65_HS1-834228961_62-HQ-83894_Section_10
Agency: FBI
Page 38
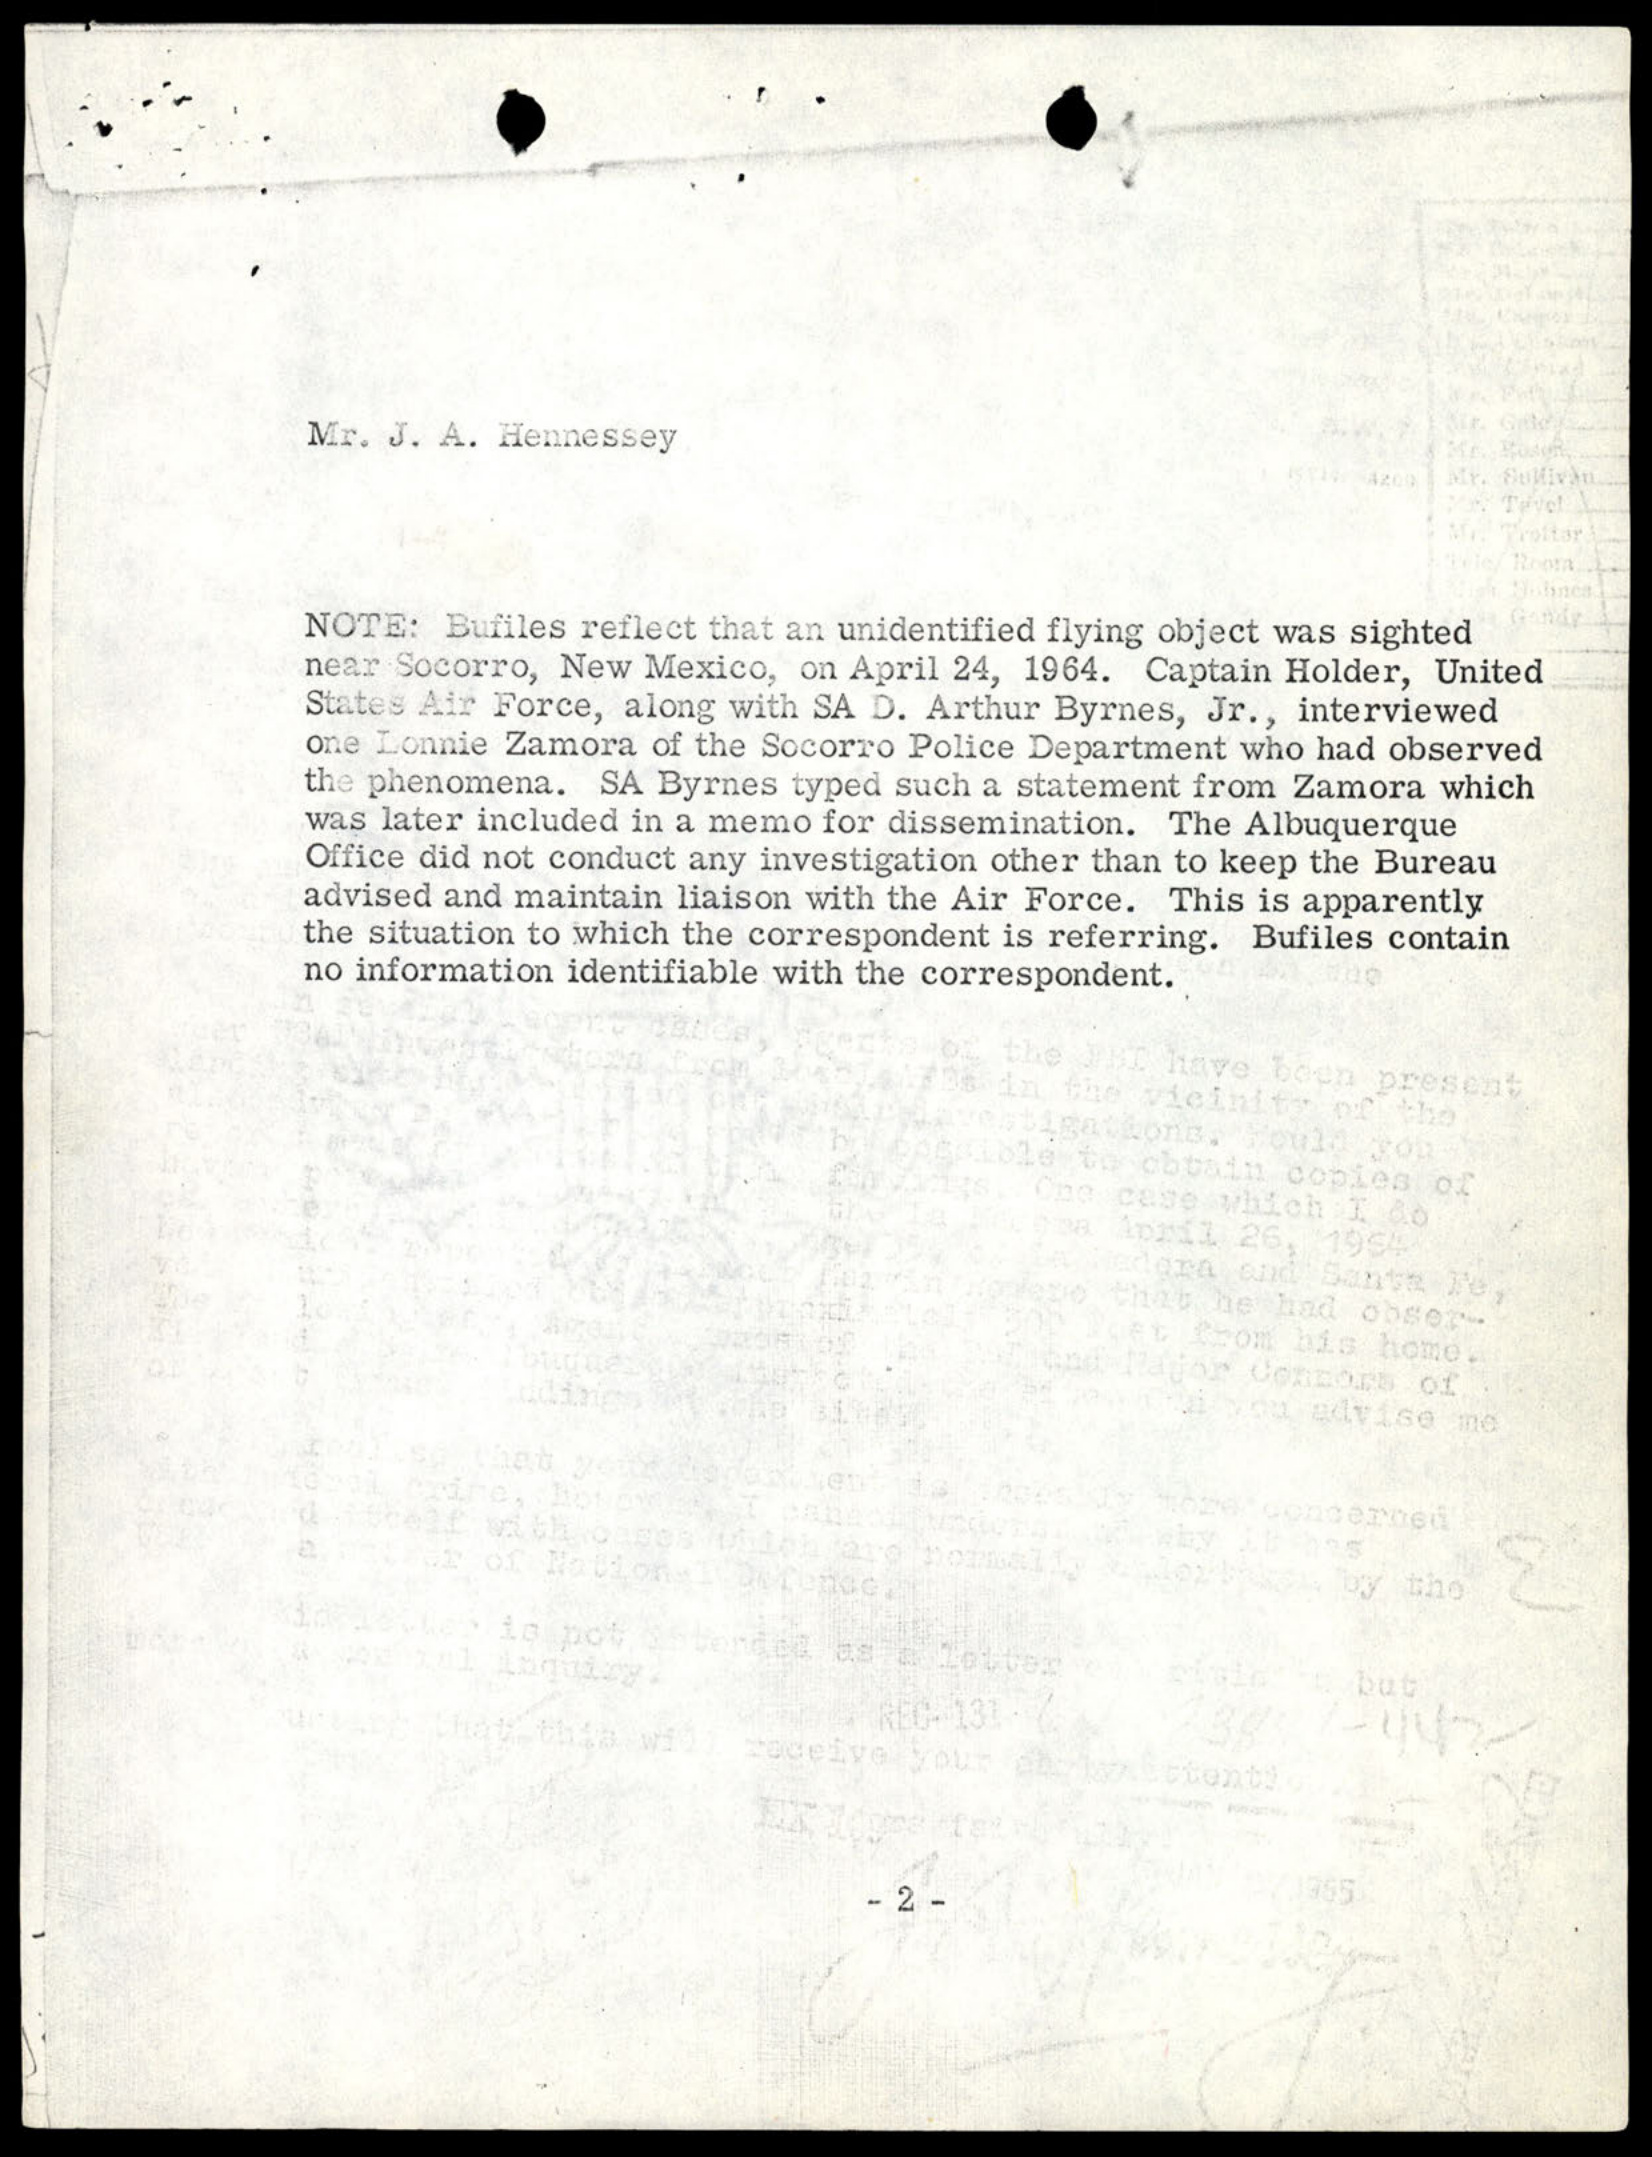